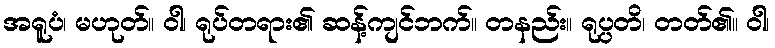
အရူပံ၊ မဟုတ်။ ဝါ၊ ရုပ်တရား၏ ဆန့်ကျင်ဘက်။ တနည်း။ ရုပ္ပတိ၊ တတ်၏။ ဝါ၊